Calcutta medical institutions reports 1879-81 [i.e.91]
Year: 1879
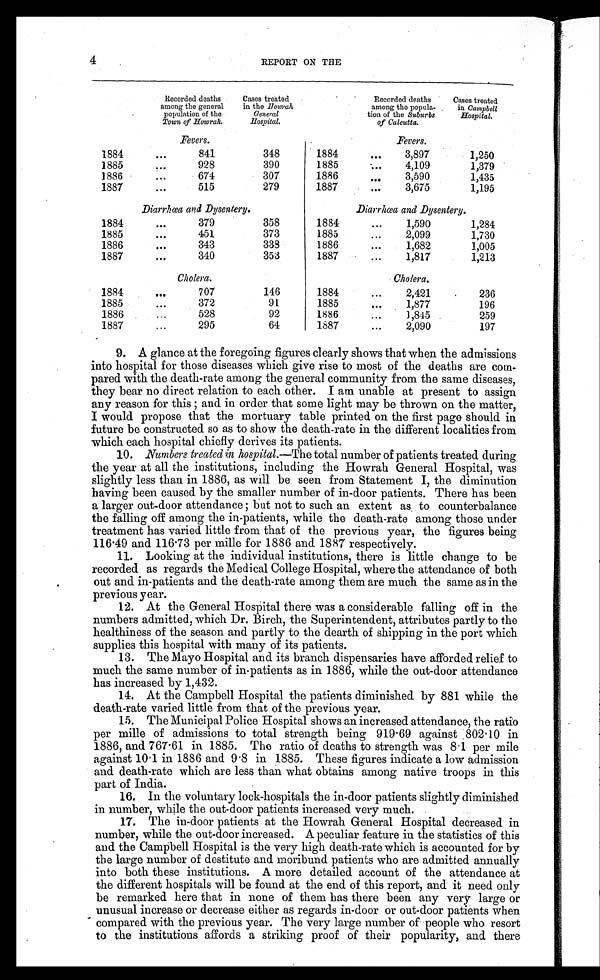
4
REPORT ON THE
Recorded deaths
among the general
population of the
Town of Howrah.
Cases treated
in the Howrah
General
H o s p i t a l .
Recorded deaths
among the popula-
tion of the Suburbs
of Calcutta.
Cases treated
in Campbell
Hospital.
Fevers.
Fevers.
1884
...
841
348
1884
...
3,897
1,250
1885
928
390
1885
...
4,109
1,379
1886
...
674
307
1886
...
3,590
1,435
1887
. . .
515
279
1887
...
3,675
1,195
Diarrhœa and Dysentery.
Diarrhœa and Dysentery.
1884
...
379
358
1884
1,590
1,284
1885
...
451
373
1885
...
2,099
1,730
1886
...
343
333
1886
...
1,682
1,005
1887
...
340
3 5 3
1887
. . .
1,817
1,213
Cholera.
Cholera.
1884
...
707
146
1884
. . .
2,421
236
1885
...
372
91
1885
...
1,877
196
1886
...
528
92
1886
...
1,845
259
1887
...
295
64
1887
...
2,090
197
9. A glance at the foregoing figures clearly shows that when the admissions
into hospital for those diseases which give rise to most of the deaths are com-
pared with the death-rate among the general community from the same diseases,
they bear no direct relation to each other. I am unable at present to assign
any reason for this ; a n d i n o r d e r t h a t s o m e l i g h t m a y b e t h r o w n o n t h e m a t t e r ,
I would. propose that the mortuary table printed on the first page should in
future be constructed so as to show the death-rate in the different localities from
which each hospital chiefly derives its patients.
10. Numbers treated in hospital.—The total number of patients treated during
the year at all the institutions, including the Howrah General Hospital, was
slightly less than in 1886, as will be seen from Statement I, the diminution
having been caused. by the smaller number of in-door patients. There has been
a larger out-door attendance; but not to such an extent as to counterbalance
the falling off among the in-patients, while the death-rate among those under
treatment has varied little from that of the previous year, the figures being
116.49 and 116.73 per mille for 1886 and 1887 respectively.
11. Looking at the individual institutions, there is little change to be
recorded. as regards the Medical College Hospital, where the attendance of both
out and in-patients and the death-rate among them are much the same as in the
previous year.
12. At the General Hospital there was a considerable falling off in the
numbers admitted, which Dr. Birch, the Superintendent, attributes partly to the
healthiness of the season and partly to the dearth of shipping in the port which
supplies this hospital with many of its patients.
13. The Mayo Hospital and. its branch dispensaries have afforded relief to
much the same number of in-patients as in 1886, while the out-door attendance
has increased by 1,432.
14. At the Campbell Hospital the patients diminished by 881 while the
death-rate varied little from that of the previous year.
15. The Municipal Police Hospital shows an increased attendance, the ratio
per mine of admissions to total strength being 919.69 against 802.10 in
1886, and 767.61 in 1885. The ratio of deaths to strength was 8.1 per mile
against 10.1 in 1886 and 9.8 in 1885. These figures indicate a low admission
and death-rate which are less than what obtains among native troops in this
part of India.
16. In the voluntary lock-hospitals the in-door patients slightly diminished
in number, while the out-door patients increased very much. .
17. The in-door patients at the Howrah General Hospital decreased in
number, while the out-door increased. A peculiar feature in the statistics of this
and the Campbell Hospital is the very high death-rate which is accounted for by
the large number of destitute and moribund patients who are admitted annually
into both these institutions. A more detailed account of the attendance at
the different hospitals will be found at the end of this report, and it need only
be remarked here that in none of them has there been any very large or
unusual increase or decrease either as regards in-door or out-door patients when
compared with the previous year. The very large number of people who resort
to the institutions affords a striking proof of their popularity, and there